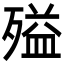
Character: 㱲